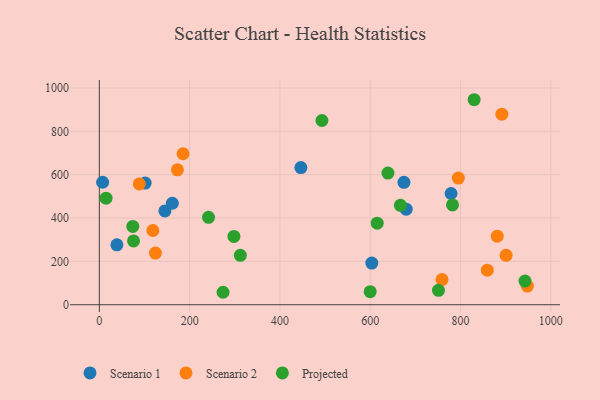
{"axis": {"x": "Distance", "y": "Yield"}, "legend": ["Projected", "Scenario 1", "Scenario 2"], "data": [{"x": "7.3", "y": 564.9, "type": "Scenario 1"}, {"x": "674.6", "y": 564.8, "type": "Scenario 1"}, {"x": "101.5", "y": 561.3, "type": "Scenario 1"}, {"x": "446.4", "y": 632.8, "type": "Scenario 1"}, {"x": "38.9", "y": 276.2, "type": "Scenario 1"}, {"x": "679.6", "y": 440.8, "type": "Scenario 1"}, {"x": "779.0", "y": 513.0, "type": "Scenario 1"}, {"x": "161.7", "y": 468.1, "type": "Scenario 1"}, {"x": "145.2", "y": 432.6, "type": "Scenario 1"}, {"x": "603.5", "y": 192.1, "type": "Scenario 1"}, {"x": "948.0", "y": 85.8, "type": "Scenario 2"}, {"x": "173.0", "y": 622.4, "type": "Scenario 2"}, {"x": "859.2", "y": 159.2, "type": "Scenario 2"}, {"x": "891.5", "y": 878.9, "type": "Scenario 2"}, {"x": "900.9", "y": 227.8, "type": "Scenario 2"}, {"x": "118.6", "y": 342.4, "type": "Scenario 2"}, {"x": "758.9", "y": 115.8, "type": "Scenario 2"}, {"x": "185.4", "y": 696.5, "type": "Scenario 2"}, {"x": "124.2", "y": 238.1, "type": "Scenario 2"}, {"x": "881.2", "y": 316.2, "type": "Scenario 2"}, {"x": "88.4", "y": 557.4, "type": "Scenario 2"}, {"x": "795.1", "y": 584.3, "type": "Scenario 2"}, {"x": "14.9", "y": 491.4, "type": "Projected"}, {"x": "75.8", "y": 294.1, "type": "Projected"}, {"x": "298.1", "y": 315.1, "type": "Projected"}, {"x": "666.8", "y": 458.5, "type": "Projected"}, {"x": "639.2", "y": 607.3, "type": "Projected"}, {"x": "942.8", "y": 109.1, "type": "Projected"}, {"x": "599.9", "y": 60.2, "type": "Projected"}, {"x": "782.2", "y": 460.3, "type": "Projected"}, {"x": "74.1", "y": 361.4, "type": "Projected"}, {"x": "493.0", "y": 849.9, "type": "Projected"}, {"x": "615.4", "y": 376.1, "type": "Projected"}, {"x": "312.3", "y": 227.7, "type": "Projected"}, {"x": "751.1", "y": 66.3, "type": "Projected"}, {"x": "830.1", "y": 945.7, "type": "Projected"}, {"x": "241.8", "y": 403.4, "type": "Projected"}, {"x": "274.0", "y": 57.4, "type": "Projected"}]}